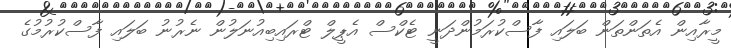
މީރާއިން އެތަންތަން ބަލައި ފާސްކުރަމުންދަނީ ޓެކްސް އެޕީލް ޓްރައިބިއުނަލުން ނެރުނު ބަލައި ފާސްކުރުމުގެ